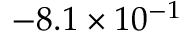
- 8 . 1 \times 1 0 ^ { - 1 }